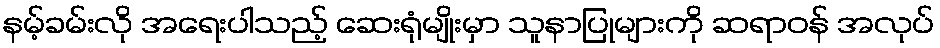
နမ့်ခမ်းလို အရေးပါသည့် ဆေးရုံမျိုးမှာ သူနာပြုများကို ဆရာဝန် အလုပ်